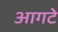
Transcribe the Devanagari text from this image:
आगटे